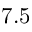
7 . 5